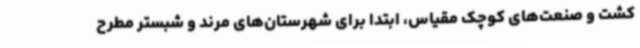
کشت و صنعت‌های کوچک مقیاس، ابتدا برای شهرستان‌های مرند و شبستر مطرح